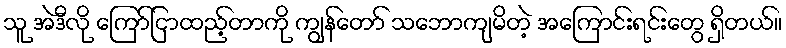
သူ အဲဒီလို ကြော်ငြာထည့်တာကို ကျွန်တော် သဘောကျမိတဲ့ အကြောင်းရင်းတွေ ရှိတယ်။